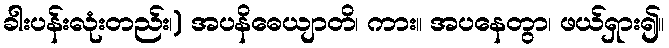
ခါးပန်းလုံးတည်း၊) အပနိဓေယျာတိ၊ ကား။ အပနေတွာ၊ ဖယ်ရှား၍။